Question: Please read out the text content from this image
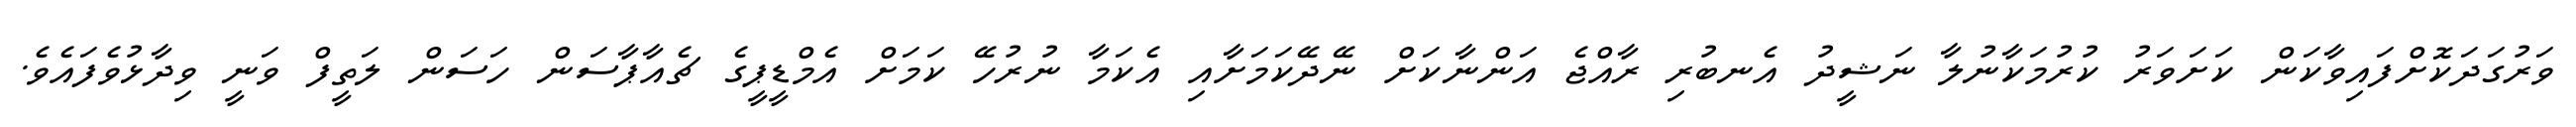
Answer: ވަރުގަދަކޮށްފައިވާކަން ކަށަވަރު ކުރުމަކާނުލާ ނަޝީދު އެނބުރި ރާއްޖެ އަންނާކަށް ނޭދޭކަމަށާއި އެކަމާ ނުރުހޭ ކަމަށް އެމްޑީޕީގެ ޗެއާޕާސަން ހަސަން ލަތީފް ވަނީ ވިދާޅުވެފައެވެ.